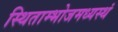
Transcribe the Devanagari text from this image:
स्थिताम्भोजमध्यस्थं